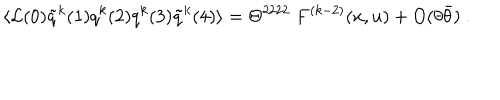
LaTeX: \langle { \cal L } ( 0 ) \tilde { q } ^ { k } ( 1 ) q ^ { k } ( 2 ) q ^ { k } ( 3 ) \tilde { q } ^ { k } ( 4 ) \rangle = \Theta ^ { 2 2 2 2 } \ F ^ { ( k - 2 ) } ( x , u ) + O ( \theta \bar { \theta } ) \; .